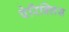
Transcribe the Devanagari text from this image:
पेरिक्लिस